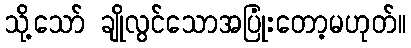
သို့သော် ချိုလွင်သောအပြုံးတော့မဟုတ်။